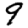
Digit: 9